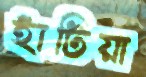
হাঁটিয়া